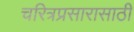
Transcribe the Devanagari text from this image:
चरित्रप्रसारासाठी